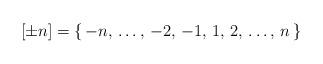
LaTeX: \begin{align*}[\pm n]=\{\,-n,\,\ldots,\,-2,\,-1,\,1,\, 2,\, \ldots,\, n\,\}\end{align*}